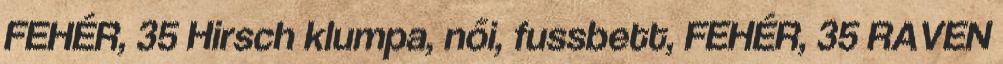
FEHÉR, 35 Hirsch klumpa, női, fussbett, FEHÉR, 35 RAVEN